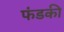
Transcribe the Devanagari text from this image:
फंडकी